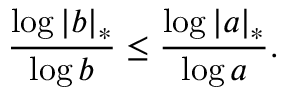
{ \frac { \log | b | _ { * } } { \log b } } \leq { \frac { \log | a | _ { * } } { \log a } } .